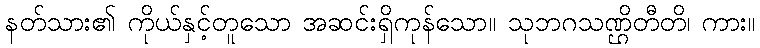
နတ်သား၏ ကိုယ်နှင့်တူသော အဆင်းရှိကုန်သော။ သုဘဂသဏ္ဌိတီတိ၊ ကား။